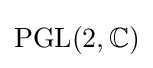
\operatorname {PGL} (2,\mathbb {C} )